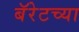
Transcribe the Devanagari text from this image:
बॅरेटच्या